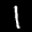
Label: 1